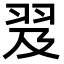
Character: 𦐅